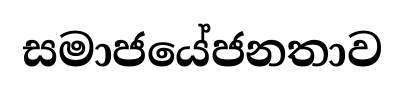
සමාජයේජනතාව